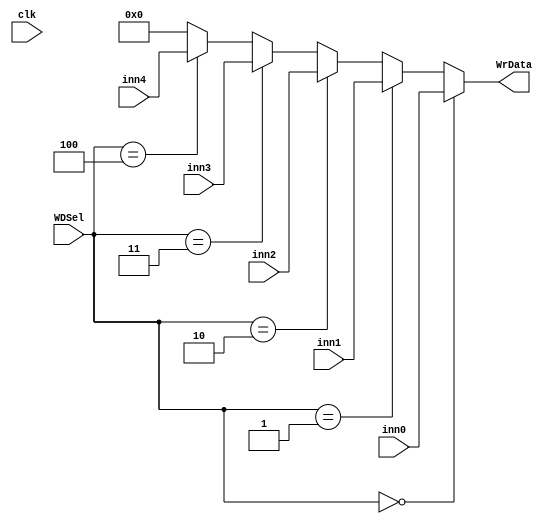
module M2(clk,WDSel,inn0,inn1,inn2,inn3,inn4,WrData);
  input clk;
  input [2:0]WDSel;
  input [31:0]inn1,inn2,inn0,inn3,inn4;
  output [31:0]WrData;
  
  assign WrData=
  (WDSel==3'b000)?inn0:
  (WDSel==3'b001)?inn1:
  (WDSel==3'b010)?inn2:
  (WDSel==3'b011)?inn3:
  (WDSel==3'b100)?inn4:
  32'h00000000;  
  
   
    
endmodule